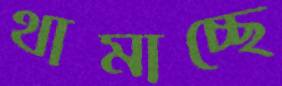
থামাচ্ছে